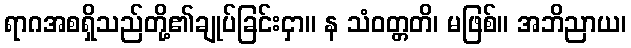
ရာဂအစရှိသည်တို့၏ချုပ်ခြင်းငှာ။ န သံဝတ္တတိ၊ မဖြစ်။ အဘိညာယ၊